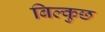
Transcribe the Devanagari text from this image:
बिल्कुछ